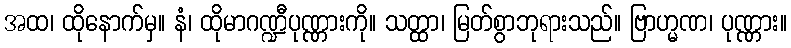
အထ၊ ထိုနောက်မှ။ နံ၊ ထိုမာဂဏ္ဍီပုဏ္ဏားကို။ သတ္ထာ၊ မြတ်စွာဘုရားသည်။ ဗြာဟ္မဏ၊ ပုဏ္ဏား။